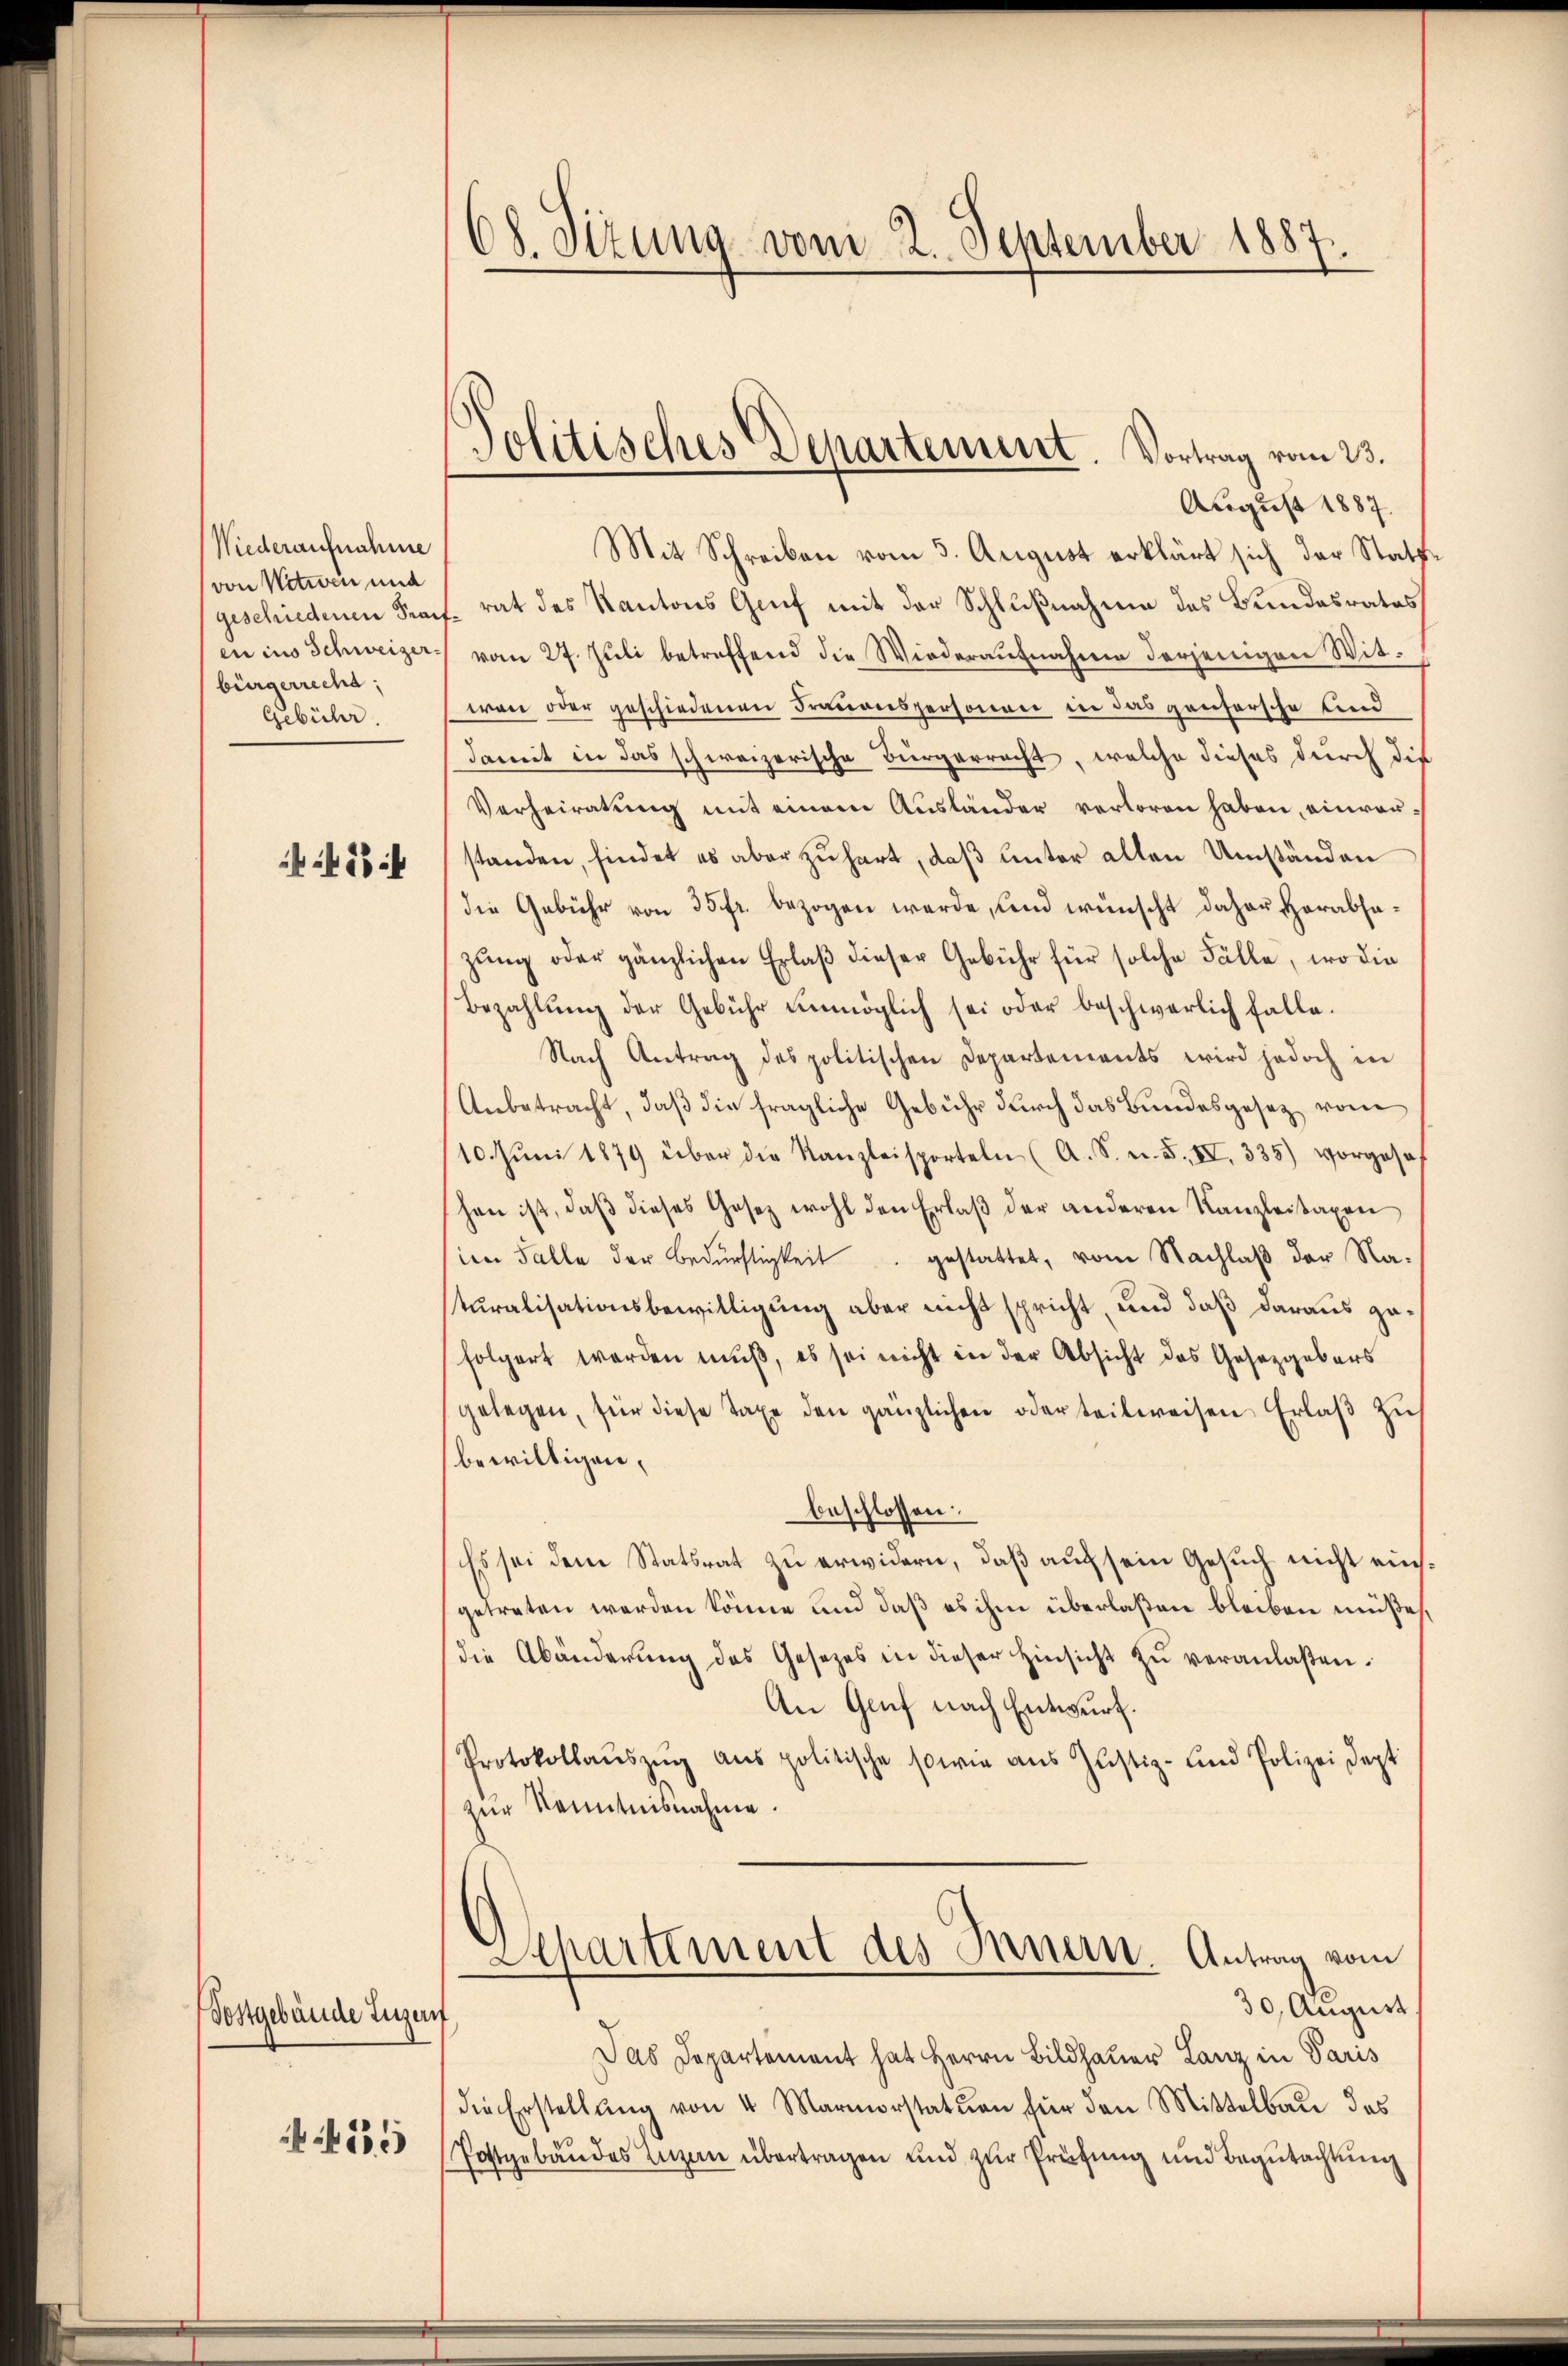
Niederaufnahme
von Notwen und
en ins Schweizer.
bürgerrecht:
Gebühr.

488

Postgebäude Luzern,
 555

68. Sitzung vom 2. September 1887.

Politisches Departement. Vortrag vom 23.

August 1887.
Mit Schreiben vom 3. August erklärt sich der Stattgeschiedenen Prach rat des Kantons Grief mit der Schlußnahme des Bundesrates
vom 27. Juli betreffend die Wiederaufnahme derjenigen Witwen oder geschiedenen Frauenspersonen in das gantersche und
damit in das schweizerische Bürgerrecht, welche dieses durch die
Verheiratung mit einem Ausländer verloren haben, einraustanden, findet es aber zu hart, daß unter allen Umständen
die Gebühr von 35 fr. bezogen werde, und wünscht daher Herabsazung oder gänzlichen Erlaβ dieser Gebühr für solche Fälle, wo die
Bezahlŭng der Gebühr unmöglich sei oder beschwerlich falle.
Nach Antrag des politischen Departements wird jedoch in
Anbetracht, daß die fragliche Gebühr durch das Bundesgesetz von
10. Jŭni 1879 über die Kanzleisporteln (A. S. n. F. IV, 335) vorgeseh
hen ist, daβ dieses Gesetz wohl den Erlaβ der anderen Kanzleitaxen
iem Falle der Bedürftigkeit gestattet, vom Nachlaß der Naturalisationsbewilligung aber nicht spricht, und daß daraus gafolgert werden muß, es sei nicht in der Absicht des Gesetzgebers
gelegen, für diese Taxe den gänzlichen oder teilweisen Erlaß zus
bewilligen.
beschlossen:
Es sei dem Statsrat zu erwidern, daß auch sein Gesuch nicht einsgetreten werden könne und daß es ihm überlaßen bleiben müße,
die Abänderŭng des Gesetzes in dieser Hinsicht zŭ veranlaßen.
An Genf nach Entwurf.
Protokollauszug aus politische sowie aus Justiz- und Polizei dept
zur Kenntnisnahme.
Separtement des Innern. Antrag vom
30, August
Das Departement hat Herrn Bildhauer Lanz in Paris
die Erstellŭng von 4 Marmorstatuen für den Mittelbau das
Postgebäudes Ingen übertragen und zur Prüfung und Begutachtung